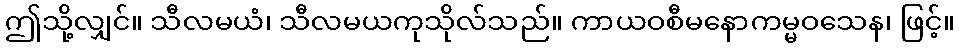
ဤသို့လျှင်။ သီလမယံ၊ သီလမယကုသိုလ်သည်။ ကာယဝစီမနောကမ္မဝသေန၊ ဖြင့်။